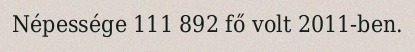
Népessége 111 892 fő volt 2011-ben.